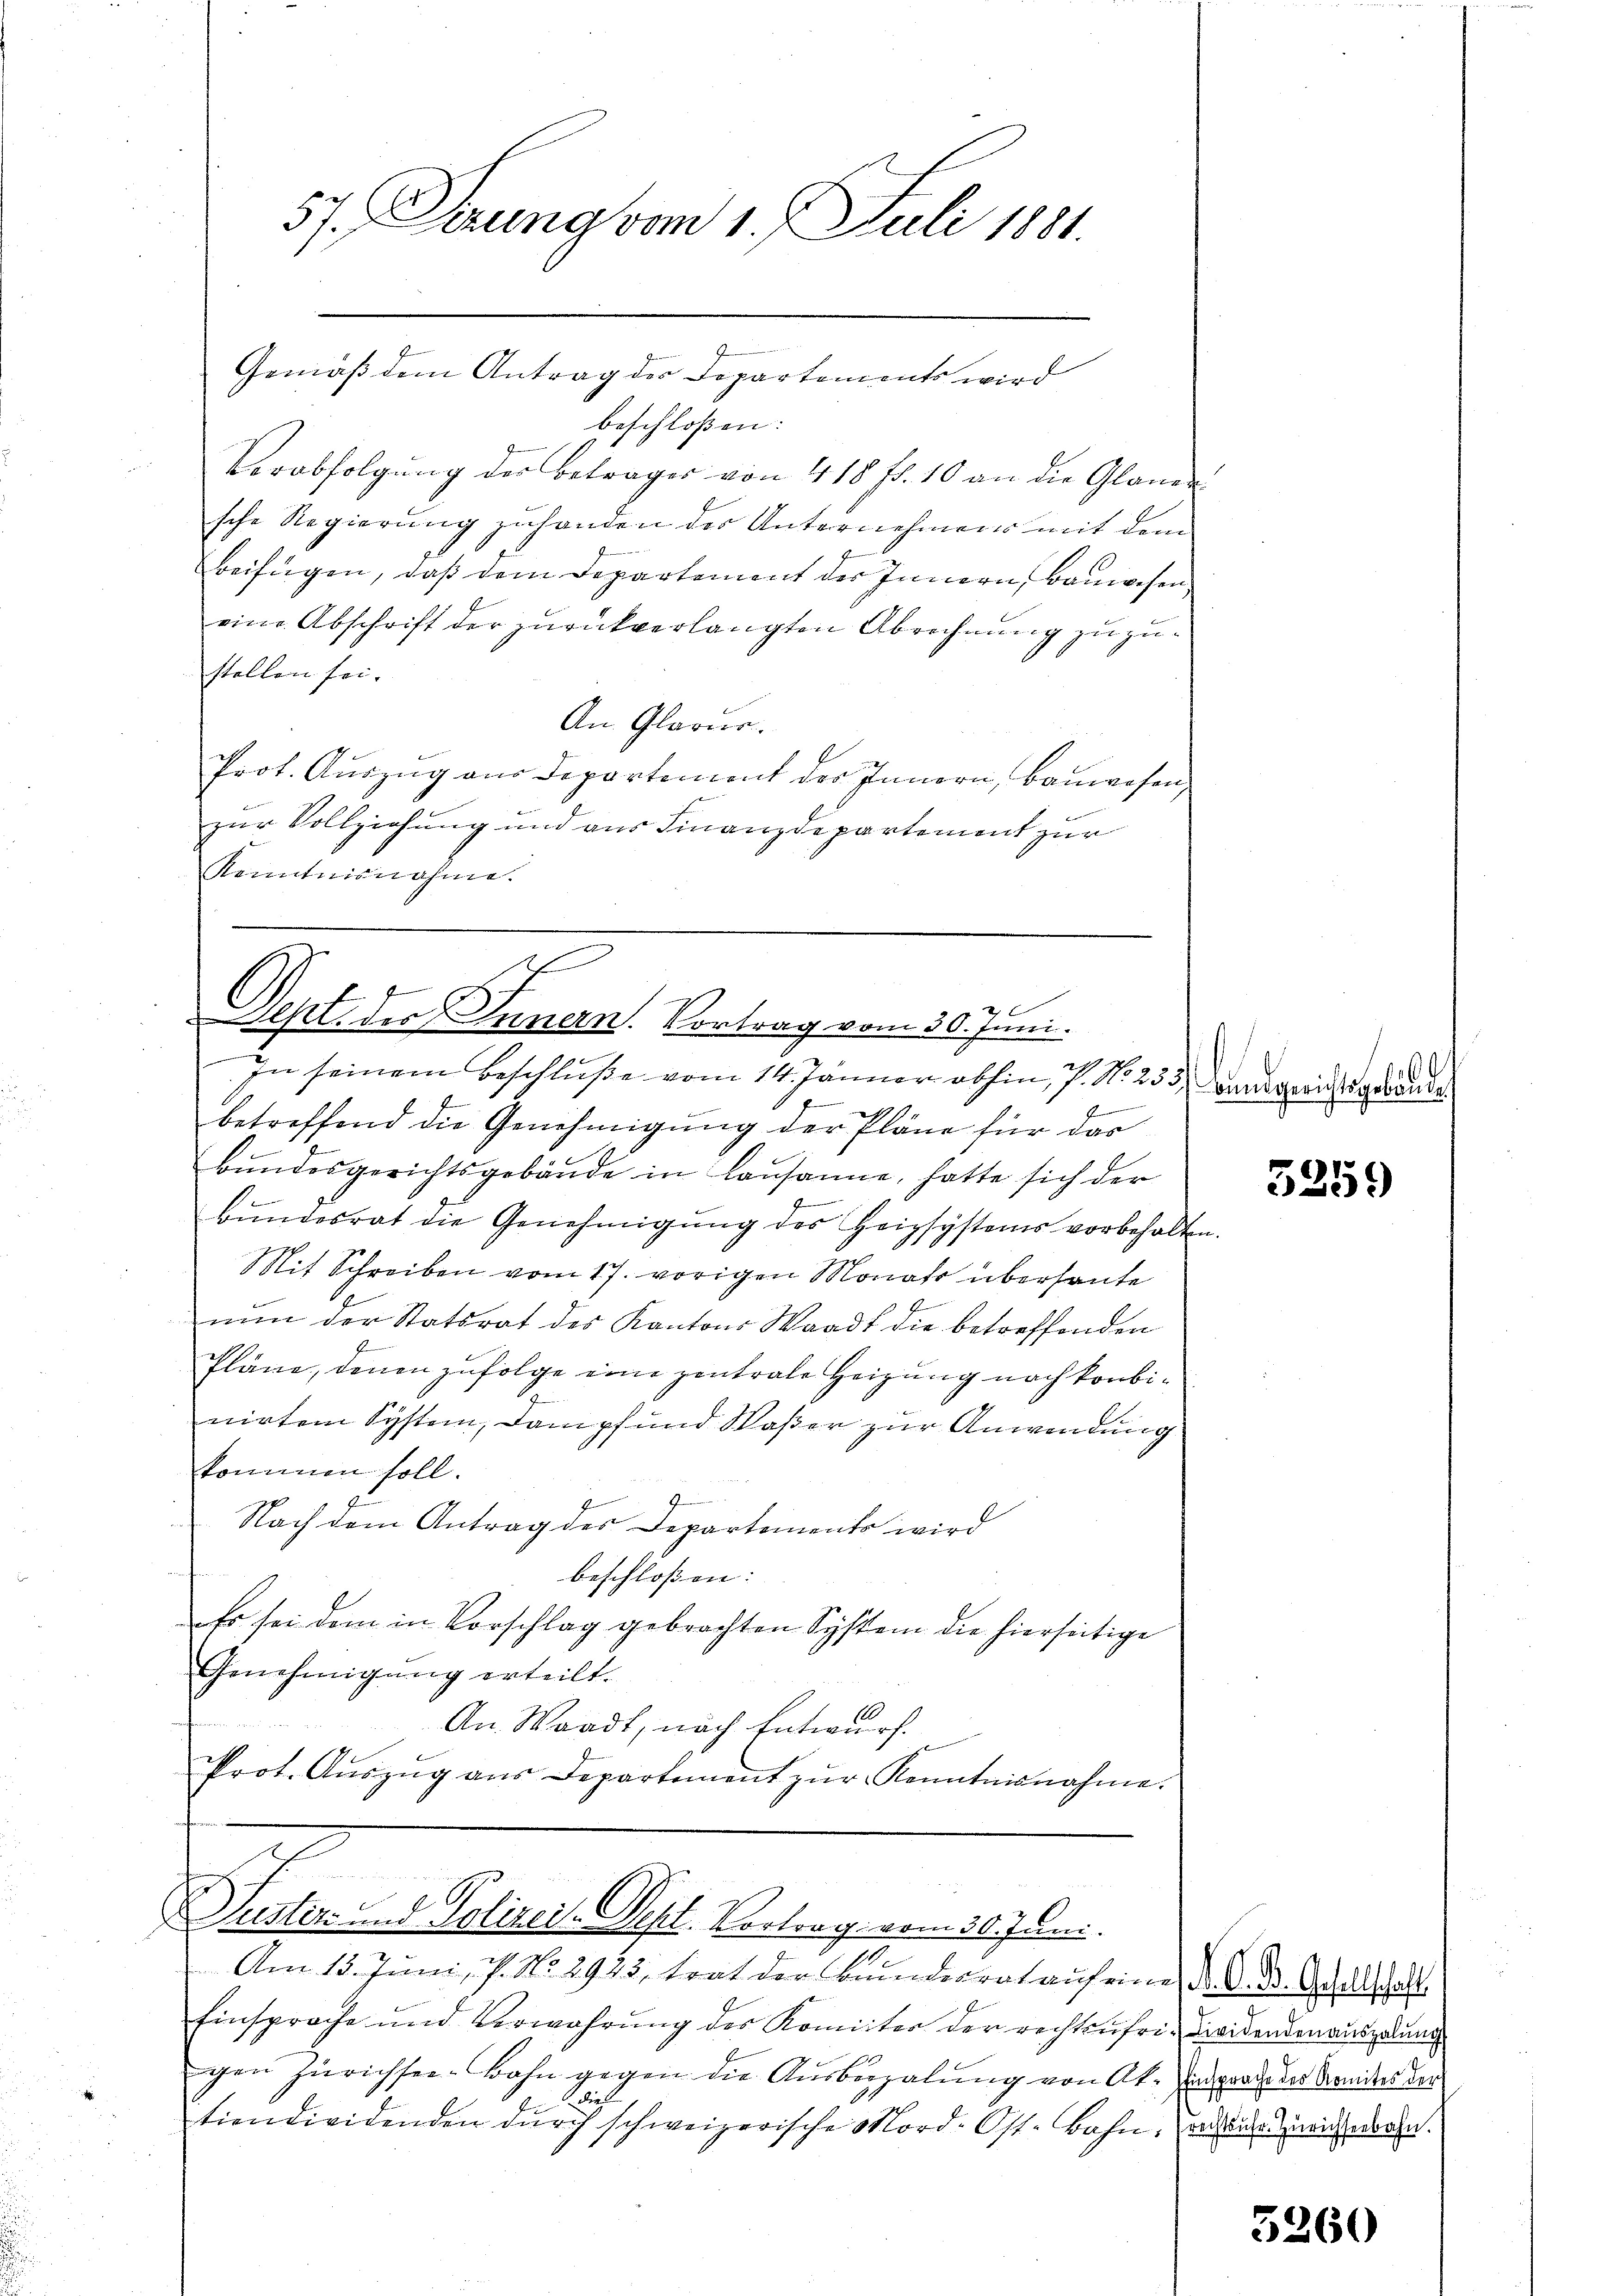
57. Gerung vom 1. Juli 1881.
Gemäß dem Antrag der Departements wird

beschloßen:
Verabfolgung der Betrages von 418 ff. 10 an die Glaner
sche Regierung zuhanden der Unternehmens mit dem
beifügen, daß dem Departement der Innern, Bauwesen
eine Abschrift der zurückverlangten Abrechnung zuzustellen sei.
An Glarus.
Prot. Auszug aus Departement der Innern, Bauwesen,
zur Vollziehung und aus Finanzdepartement zur
Kenntnisnahme.

E
Sept. des Innern. Vortrag vom 30. Juni.
In seinem Beschluße vom 14. Jänner abhin, 7. No 253, Landgerichtsgebaute

Suster und Polizei. Sept. Vortrag vom 30. Juni.

e
betreffend die Genehmigung der Pläne für das
Bŭndesgerichtsgebäude in Lausanne, hatte sich der
.
bŭndesrat die Genehmigŭng des Heizsystems vorbehalten.
Mit Schreiben vom 17. vorigen Monats überhaute
nun der Statsrat des Kantons Waadt die betreffenden
Pläne, denen zufolge eine zentrale Heizung noch konbinirtem System, Dampf und Waßer zur Anwendung
kommen soll.
Nach dem Antrag des Departements wird
beschloßen:
Es sei dem in Vorschlag gebrachten System die hierseitige
Genehmigung erteilt.
An Waadt, nach Entwurf.
Prot. Aŭszŭg ans Departement zŭr Kenntnisnahme.

Am 13. Juni, 7. No. 2925, trat der Bundesrat auf eine A. G. B. Gesellschaft
Einsprache und Verwahrung des Komitter der rechtsufri-Dividenden auszutung
gen Zürichsee-Bahn gegen die Ausbezalung von Al. prote der Breiter der
Dies
tiendividenden durch schweizerische Mord- Ost-Bahn, aus der mich waren.

7

3259

3260